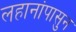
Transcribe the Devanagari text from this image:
लहानांपासुन